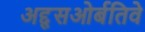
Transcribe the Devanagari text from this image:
अद्द्सओर्बतिवे